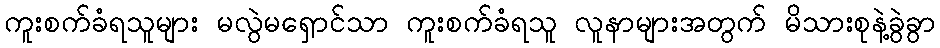
ကူးစက်ခံရသူများ မလွဲမရှောင်သာ ကူးစက်ခံရသူ လူနာများအတွက် မိသားစုနဲ့ခွဲခွာ